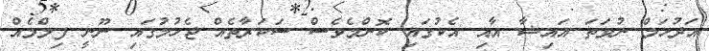
އަދުހަމް ނުވަތަ އައިޝާ އާއި އެކުގައި ކޮންމެވެސް ސަކަރާތެއް ޖެހުމުގައި ނޫނީ ފިލްމެއް